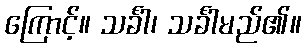
ကြောင့်။ သင်္ခါ၊ သင်္ခါမည်၏။